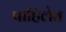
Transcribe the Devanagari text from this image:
पाहिलेत